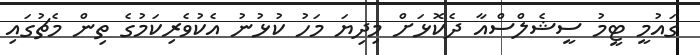
ގައުމީ ޓީމު ސީޝެލްސްއާ ދެކޮޅަށް މިދިޔަ މަހު ކުޅުނު އެކުވެރިކަމުގެ ތިން މެޗުގައި